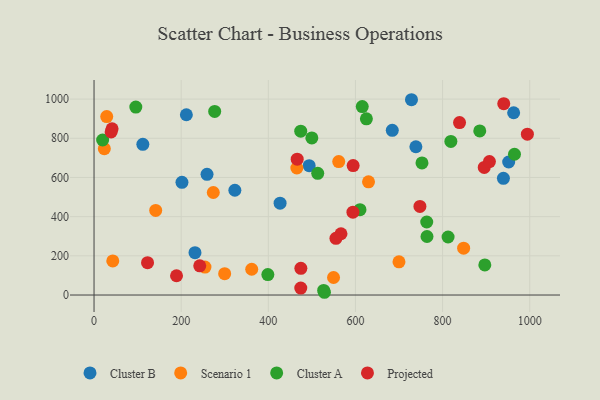
{"axis": {"x": "Engine Size", "y": "Sales"}, "legend": ["Cluster A", "Cluster B", "Projected", "Scenario 1"], "data": [{"x": "211.9", "y": 920.1, "type": "Cluster B"}, {"x": "728.6", "y": 996.8, "type": "Cluster B"}, {"x": "259.3", "y": 615.9, "type": "Cluster B"}, {"x": "951.7", "y": 678.9, "type": "Cluster B"}, {"x": "684.5", "y": 840.7, "type": "Cluster B"}, {"x": "231.7", "y": 216.1, "type": "Cluster B"}, {"x": "201.8", "y": 575.4, "type": "Cluster B"}, {"x": "963.1", "y": 930.3, "type": "Cluster B"}, {"x": "738.7", "y": 756.9, "type": "Cluster B"}, {"x": "939.6", "y": 595.8, "type": "Cluster B"}, {"x": "323.2", "y": 534.8, "type": "Cluster B"}, {"x": "112.0", "y": 769.4, "type": "Cluster B"}, {"x": "493.8", "y": 660.2, "type": "Cluster B"}, {"x": "427.0", "y": 468.8, "type": "Cluster B"}, {"x": "549.7", "y": 89.3, "type": "Scenario 1"}, {"x": "141.5", "y": 431.8, "type": "Scenario 1"}, {"x": "630.0", "y": 577.7, "type": "Scenario 1"}, {"x": "561.6", "y": 680.9, "type": "Scenario 1"}, {"x": "299.8", "y": 108.9, "type": "Scenario 1"}, {"x": "29.1", "y": 911.0, "type": "Scenario 1"}, {"x": "465.5", "y": 648.3, "type": "Scenario 1"}, {"x": "699.9", "y": 169.3, "type": "Scenario 1"}, {"x": "361.9", "y": 131.4, "type": "Scenario 1"}, {"x": "43.0", "y": 173.9, "type": "Scenario 1"}, {"x": "254.6", "y": 142.8, "type": "Scenario 1"}, {"x": "273.7", "y": 523.3, "type": "Scenario 1"}, {"x": "848.3", "y": 239.1, "type": "Scenario 1"}, {"x": "23.6", "y": 746.9, "type": "Scenario 1"}, {"x": "965.0", "y": 718.4, "type": "Cluster A"}, {"x": "763.6", "y": 372.6, "type": "Cluster A"}, {"x": "896.9", "y": 153.8, "type": "Cluster A"}, {"x": "398.9", "y": 104.1, "type": "Cluster A"}, {"x": "499.9", "y": 801.8, "type": "Cluster A"}, {"x": "527.0", "y": 23.3, "type": "Cluster A"}, {"x": "513.4", "y": 620.9, "type": "Cluster A"}, {"x": "885.3", "y": 837.8, "type": "Cluster A"}, {"x": "528.8", "y": 14.0, "type": "Cluster A"}, {"x": "615.6", "y": 961.8, "type": "Cluster A"}, {"x": "625.1", "y": 899.1, "type": "Cluster A"}, {"x": "764.2", "y": 298.6, "type": "Cluster A"}, {"x": "752.7", "y": 674.3, "type": "Cluster A"}, {"x": "95.9", "y": 959.1, "type": "Cluster A"}, {"x": "812.6", "y": 296.1, "type": "Cluster A"}, {"x": "610.4", "y": 435.6, "type": "Cluster A"}, {"x": "474.4", "y": 836.3, "type": "Cluster A"}, {"x": "19.7", "y": 791.2, "type": "Cluster A"}, {"x": "276.9", "y": 937.2, "type": "Cluster A"}, {"x": "819.0", "y": 784.2, "type": "Cluster A"}, {"x": "41.4", "y": 848.5, "type": "Projected"}, {"x": "466.3", "y": 693.5, "type": "Projected"}, {"x": "895.6", "y": 651.4, "type": "Projected"}, {"x": "594.2", "y": 422.7, "type": "Projected"}, {"x": "594.7", "y": 660.7, "type": "Projected"}, {"x": "39.2", "y": 832.4, "type": "Projected"}, {"x": "940.4", "y": 976.4, "type": "Projected"}, {"x": "748.0", "y": 452.1, "type": "Projected"}, {"x": "474.7", "y": 136.2, "type": "Projected"}, {"x": "566.8", "y": 312.6, "type": "Projected"}, {"x": "838.9", "y": 880.0, "type": "Projected"}, {"x": "242.6", "y": 149.1, "type": "Projected"}, {"x": "474.5", "y": 35.2, "type": "Projected"}, {"x": "122.8", "y": 164.9, "type": "Projected"}, {"x": "994.6", "y": 820.9, "type": "Projected"}, {"x": "189.3", "y": 98.4, "type": "Projected"}, {"x": "907.5", "y": 681.2, "type": "Projected"}, {"x": "555.2", "y": 289.2, "type": "Projected"}]}